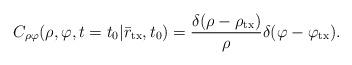
LaTeX: \begin{align*} C_{\rho \varphi }(\rho ,\varphi ,t=t_0|{{\bar r}_{\rm tx}},{t_0})=\frac{{\delta (\rho - {\rho _{\rm tx}})}}{\rho }\delta (\varphi - {\varphi _{\rm tx}}).\end{align*}